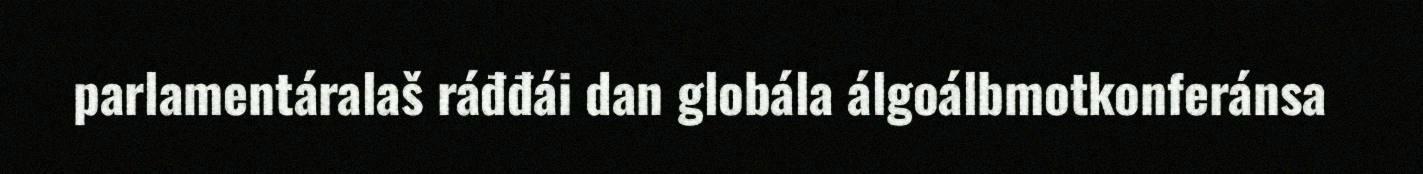
parlamentáralaš ráđđái dan globála álgoálbmotkonferánsa